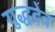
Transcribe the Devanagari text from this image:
युद्धदेव